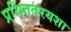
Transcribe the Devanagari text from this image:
प्रथिततरयशा